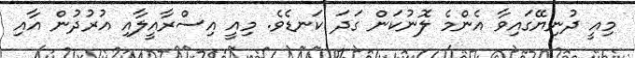
މިއީ ދުނިޔޭގައިވާ އެންމެ ލޮނުކަން ގަދަ ކަނޑެވެ. މިއީ އިސްރާއީލާއި އުރުދުން އާއި